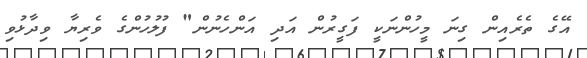
އޭގެ ތެރެއިން ގިނަ މީހުންނަކީ ފަގީރުން އަދި އަންހެނުން" ފުލުހުންގެ ވެރިޔާ ވިދާޅުވި